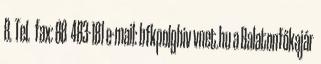
8. Tel. fax: 88 483-181 e-mail: bfkpolghiv vnet.hu a Balatonfőkajár